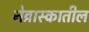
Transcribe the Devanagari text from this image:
नेब्रास्कातील